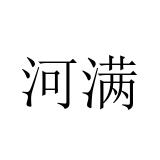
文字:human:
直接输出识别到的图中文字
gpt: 河满